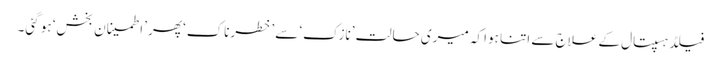
فیلڈ ہسپتال کے علاج سے اتنا ہوا کہ میری حالت ’نازک‘ سے ’خطرناک‘ پھر ’اطمینان بخش‘ ہو گئی۔